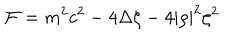
LaTeX: { \cal F } = m ^ { 2 } c ^ { 2 } - 4 \Delta \zeta - 4 | \rho | ^ { 2 } \zeta ^ { 2 } \; \;